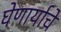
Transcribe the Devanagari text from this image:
घेणार्याचे